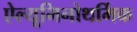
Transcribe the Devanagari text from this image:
ऐल्यूमिनोथर्मिक